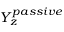
Y _ { z } ^ { p a s s i v e }